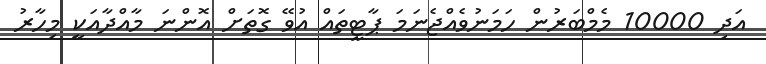
އަދި 10000 މެމްބަރުން ހަމަނުވެއްޖެނަމަ ޕާޓީތައް އުވޭ ގޮތަށް އޮންނަ މާއްދާއަކީ މިހާރު